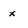
Character: x